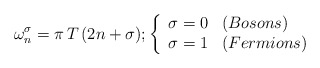
\begin{align*}{ \omega_n^\sigma=\pi\,T\,(2 n + \sigma)}; \left\{\begin{array}{ll}{\sigma=0} & (Bosons) \\{\sigma=1} & (Fermions)\end{array}\right.\end{align*}